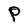
Character: P